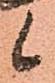
候